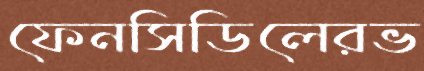
ফেনসিডিলেরভ